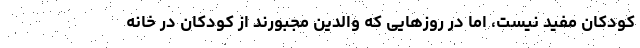
کودکان مفید نیست، اما در روزهایی که والدین مجبورند از کودکان در خانه